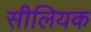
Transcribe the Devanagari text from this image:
सीलियक